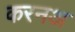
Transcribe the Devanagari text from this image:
करनअ